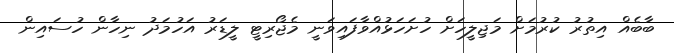
ބާބެއް އިތުރު ކުރުމަށް މަޖިލީހަށް ހުށަހަޅުއްވާފައިވަނީ މެޖޯރިޓީ ލީޑަރު އަހުމަދު ނިހާން ހުސައިން